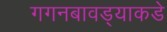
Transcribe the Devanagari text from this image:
गगनबावड्याकडे